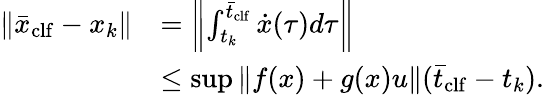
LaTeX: \begin{array}{r}{\begin{array}{rl}{\| \bar{x}_{\mathrm{clf}}-x_{k}\| }&{=\left\| \int_{t_{k}}^{\bar{t}_{\mathrm{clf}}}\dot{x}(\tau)d\tau\right\| }\\ &{\leq\operatorname*{sup}\| f(x)+g(x)u\| (\bar{t}_{\mathrm{clf}}-t_{k}).}\end{array}}\end{array}